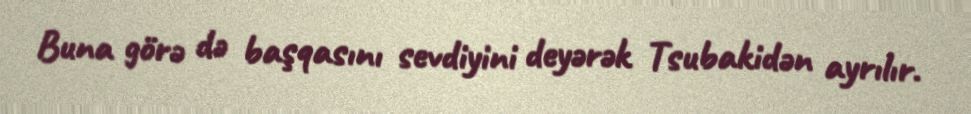
Buna görə də başqasını sevdiyini deyərək Tsubakidən ayrılır.